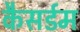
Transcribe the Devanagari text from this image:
कैसर्डम